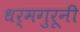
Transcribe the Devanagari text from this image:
धर्मगुरूनी